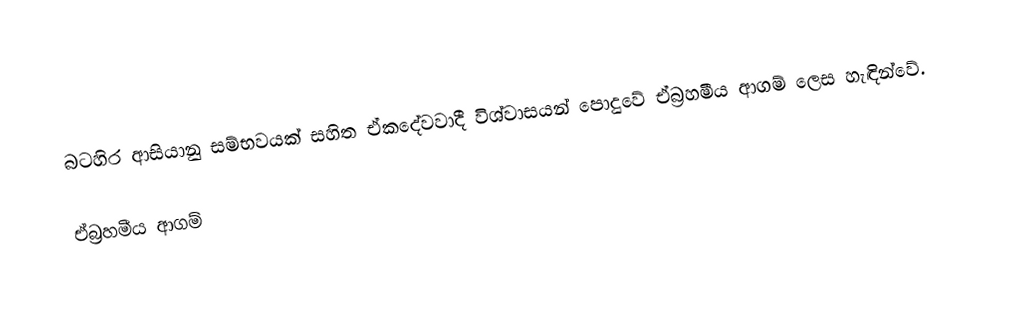
බටහිර ආසිය‍ානු සම්භවයක් සහිත ඒකදේවවාදී විශ්වාසයන් පොදුවේ  ඒබ්‍රහමීය ආගම් ලෙස හැඳින්වේ.

ඒබ්‍රහමීය ආගම්